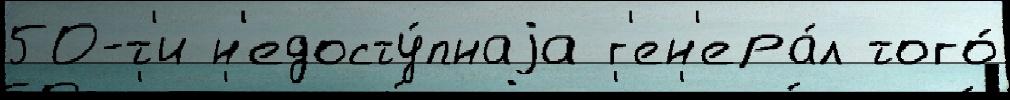
50-т'и н'едосту́пнаjа г'ен'ера́л того́